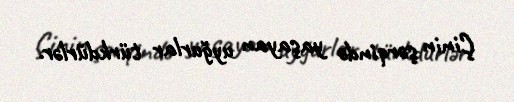
Çinin şərqində yaşayan uyğurlar türkdürlər.